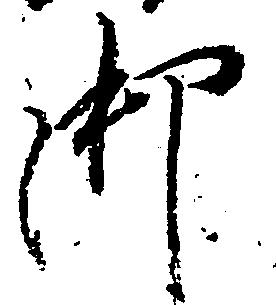
御